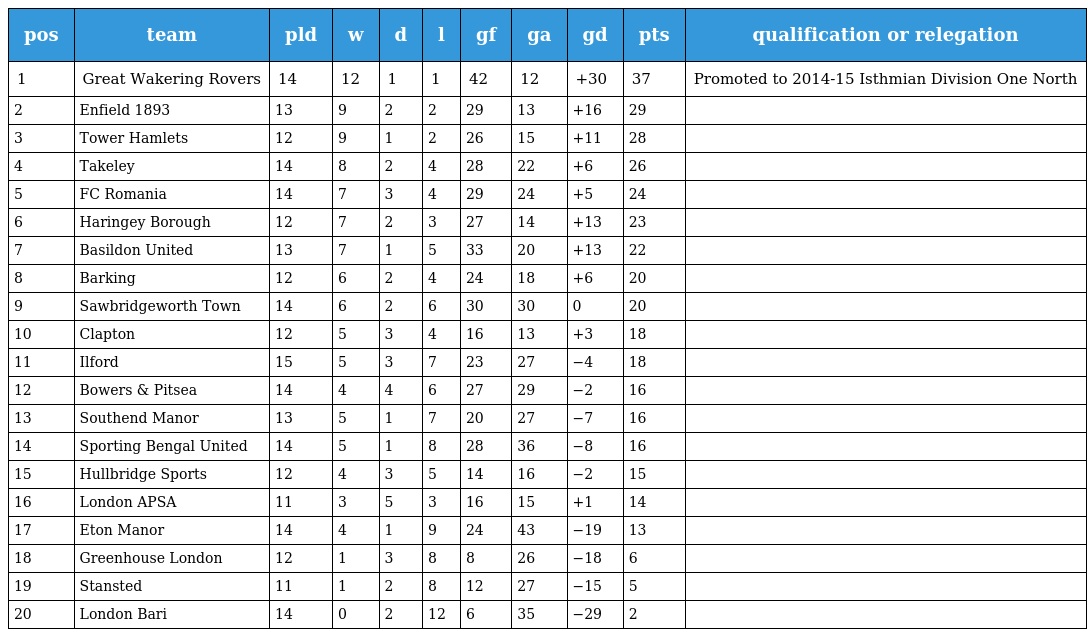
| pos | team | pld | w | d | l | gf | ga | gd | pts | qualification or relegation |
 | --- | --- | --- | --- | --- | --- | --- | --- | --- | --- | --- |
 | 1 | Great Wakering Rovers | 14 | 12 | 1 | 1 | 42 | 12 | +30 | 37 | Promoted to 2014-15 Isthmian Division One North |
 | 2 | Enfield 1893 | 13 | 9 | 2 | 2 | 29 | 13 | +16 | 29 |  |
 | 3 | Tower Hamlets | 12 | 9 | 1 | 2 | 26 | 15 | +11 | 28 |  |
 | 4 | Takeley | 14 | 8 | 2 | 4 | 28 | 22 | +6 | 26 |  |
 | 5 | FC Romania | 14 | 7 | 3 | 4 | 29 | 24 | +5 | 24 |  |
 | 6 | Haringey Borough | 12 | 7 | 2 | 3 | 27 | 14 | +13 | 23 |  |
 | 7 | Basildon United | 13 | 7 | 1 | 5 | 33 | 20 | +13 | 22 |  |
 | 8 | Barking | 12 | 6 | 2 | 4 | 24 | 18 | +6 | 20 |  |
 | 9 | Sawbridgeworth Town | 14 | 6 | 2 | 6 | 30 | 30 | 0 | 20 |  |
 | 10 | Clapton | 12 | 5 | 3 | 4 | 16 | 13 | +3 | 18 |  |
 | 11 | Ilford | 15 | 5 | 3 | 7 | 23 | 27 | −4 | 18 |  |
 | 12 | Bowers & Pitsea | 14 | 4 | 4 | 6 | 27 | 29 | −2 | 16 |  |
 | 13 | Southend Manor | 13 | 5 | 1 | 7 | 20 | 27 | −7 | 16 |  |
 | 14 | Sporting Bengal United | 14 | 5 | 1 | 8 | 28 | 36 | −8 | 16 |  |
 | 15 | Hullbridge Sports | 12 | 4 | 3 | 5 | 14 | 16 | −2 | 15 |  |
 | 16 | London APSA | 11 | 3 | 5 | 3 | 16 | 15 | +1 | 14 |  |
 | 17 | Eton Manor | 14 | 4 | 1 | 9 | 24 | 43 | −19 | 13 |  |
 | 18 | Greenhouse London | 12 | 1 | 3 | 8 | 8 | 26 | −18 | 6 |  |
 | 19 | Stansted | 11 | 1 | 2 | 8 | 12 | 27 | −15 | 5 |  |
 | 20 | London Bari | 14 | 0 | 2 | 12 | 6 | 35 | −29 | 2 |  |